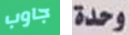
جاوب وحدة